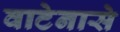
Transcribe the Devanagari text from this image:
वाटेनासे